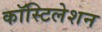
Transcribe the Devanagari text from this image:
कॉस्टिलेशन